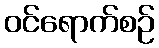
ဝင်ရောက်စဉ်